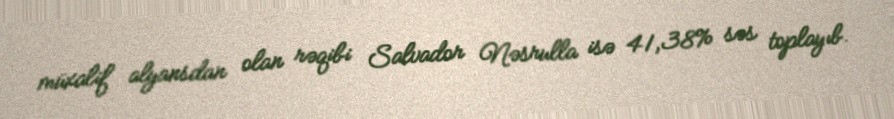
müxalif alyansdan olan rəqibi Salvador Nəsrulla isə 41,38% səs toplayıb.